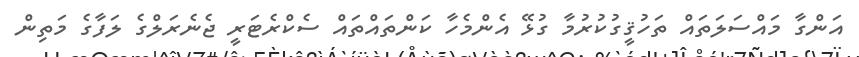
އަންގާ މައްސަލަތައް ތަހުޤީގުކުރުމާ ގުޅޭ އެންމެހާ ކަންތައްތައް ސެކްރެޓަރީ ޖެނެރަލްގެ ލަފާގެ މަތިން